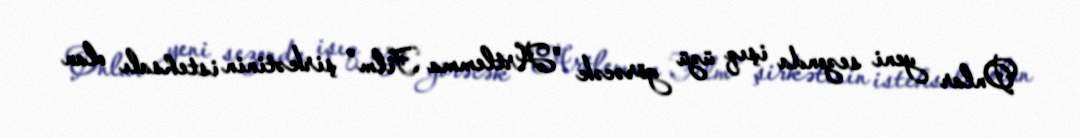
Onlar yeni sezonda işıq üzü görəcək "Artlemma Film" şirkətinin istehsalı olan